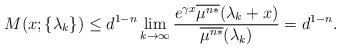
LaTeX: \begin{align*}M(x;\{\lambda_k\})\le d^{1-n} \lim_{k\to\infty}\frac{ e^{\gamma x} \overline{\mu^{n*}}(\lambda_k+x)}{\overline{\mu^{n*}}(\lambda_k)}= d^{1-n}. \end{align*}